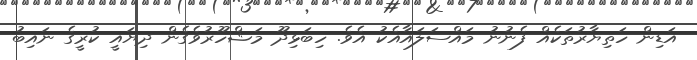
އަޑިން ހަތިޔާރުތަކެއް ފެނުނު މައްސަލައާއެކު އެވެ. ހިބަޅިދޫ މަޝްހޫރުވެގެން ދިޔައީ ކުރީގެ ނައިބު